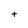
Character: t